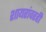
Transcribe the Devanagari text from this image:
शायरांवरही